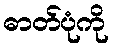
ဓာတ်ပုံကို